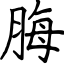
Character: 脢